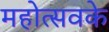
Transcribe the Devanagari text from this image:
महोत्सवके